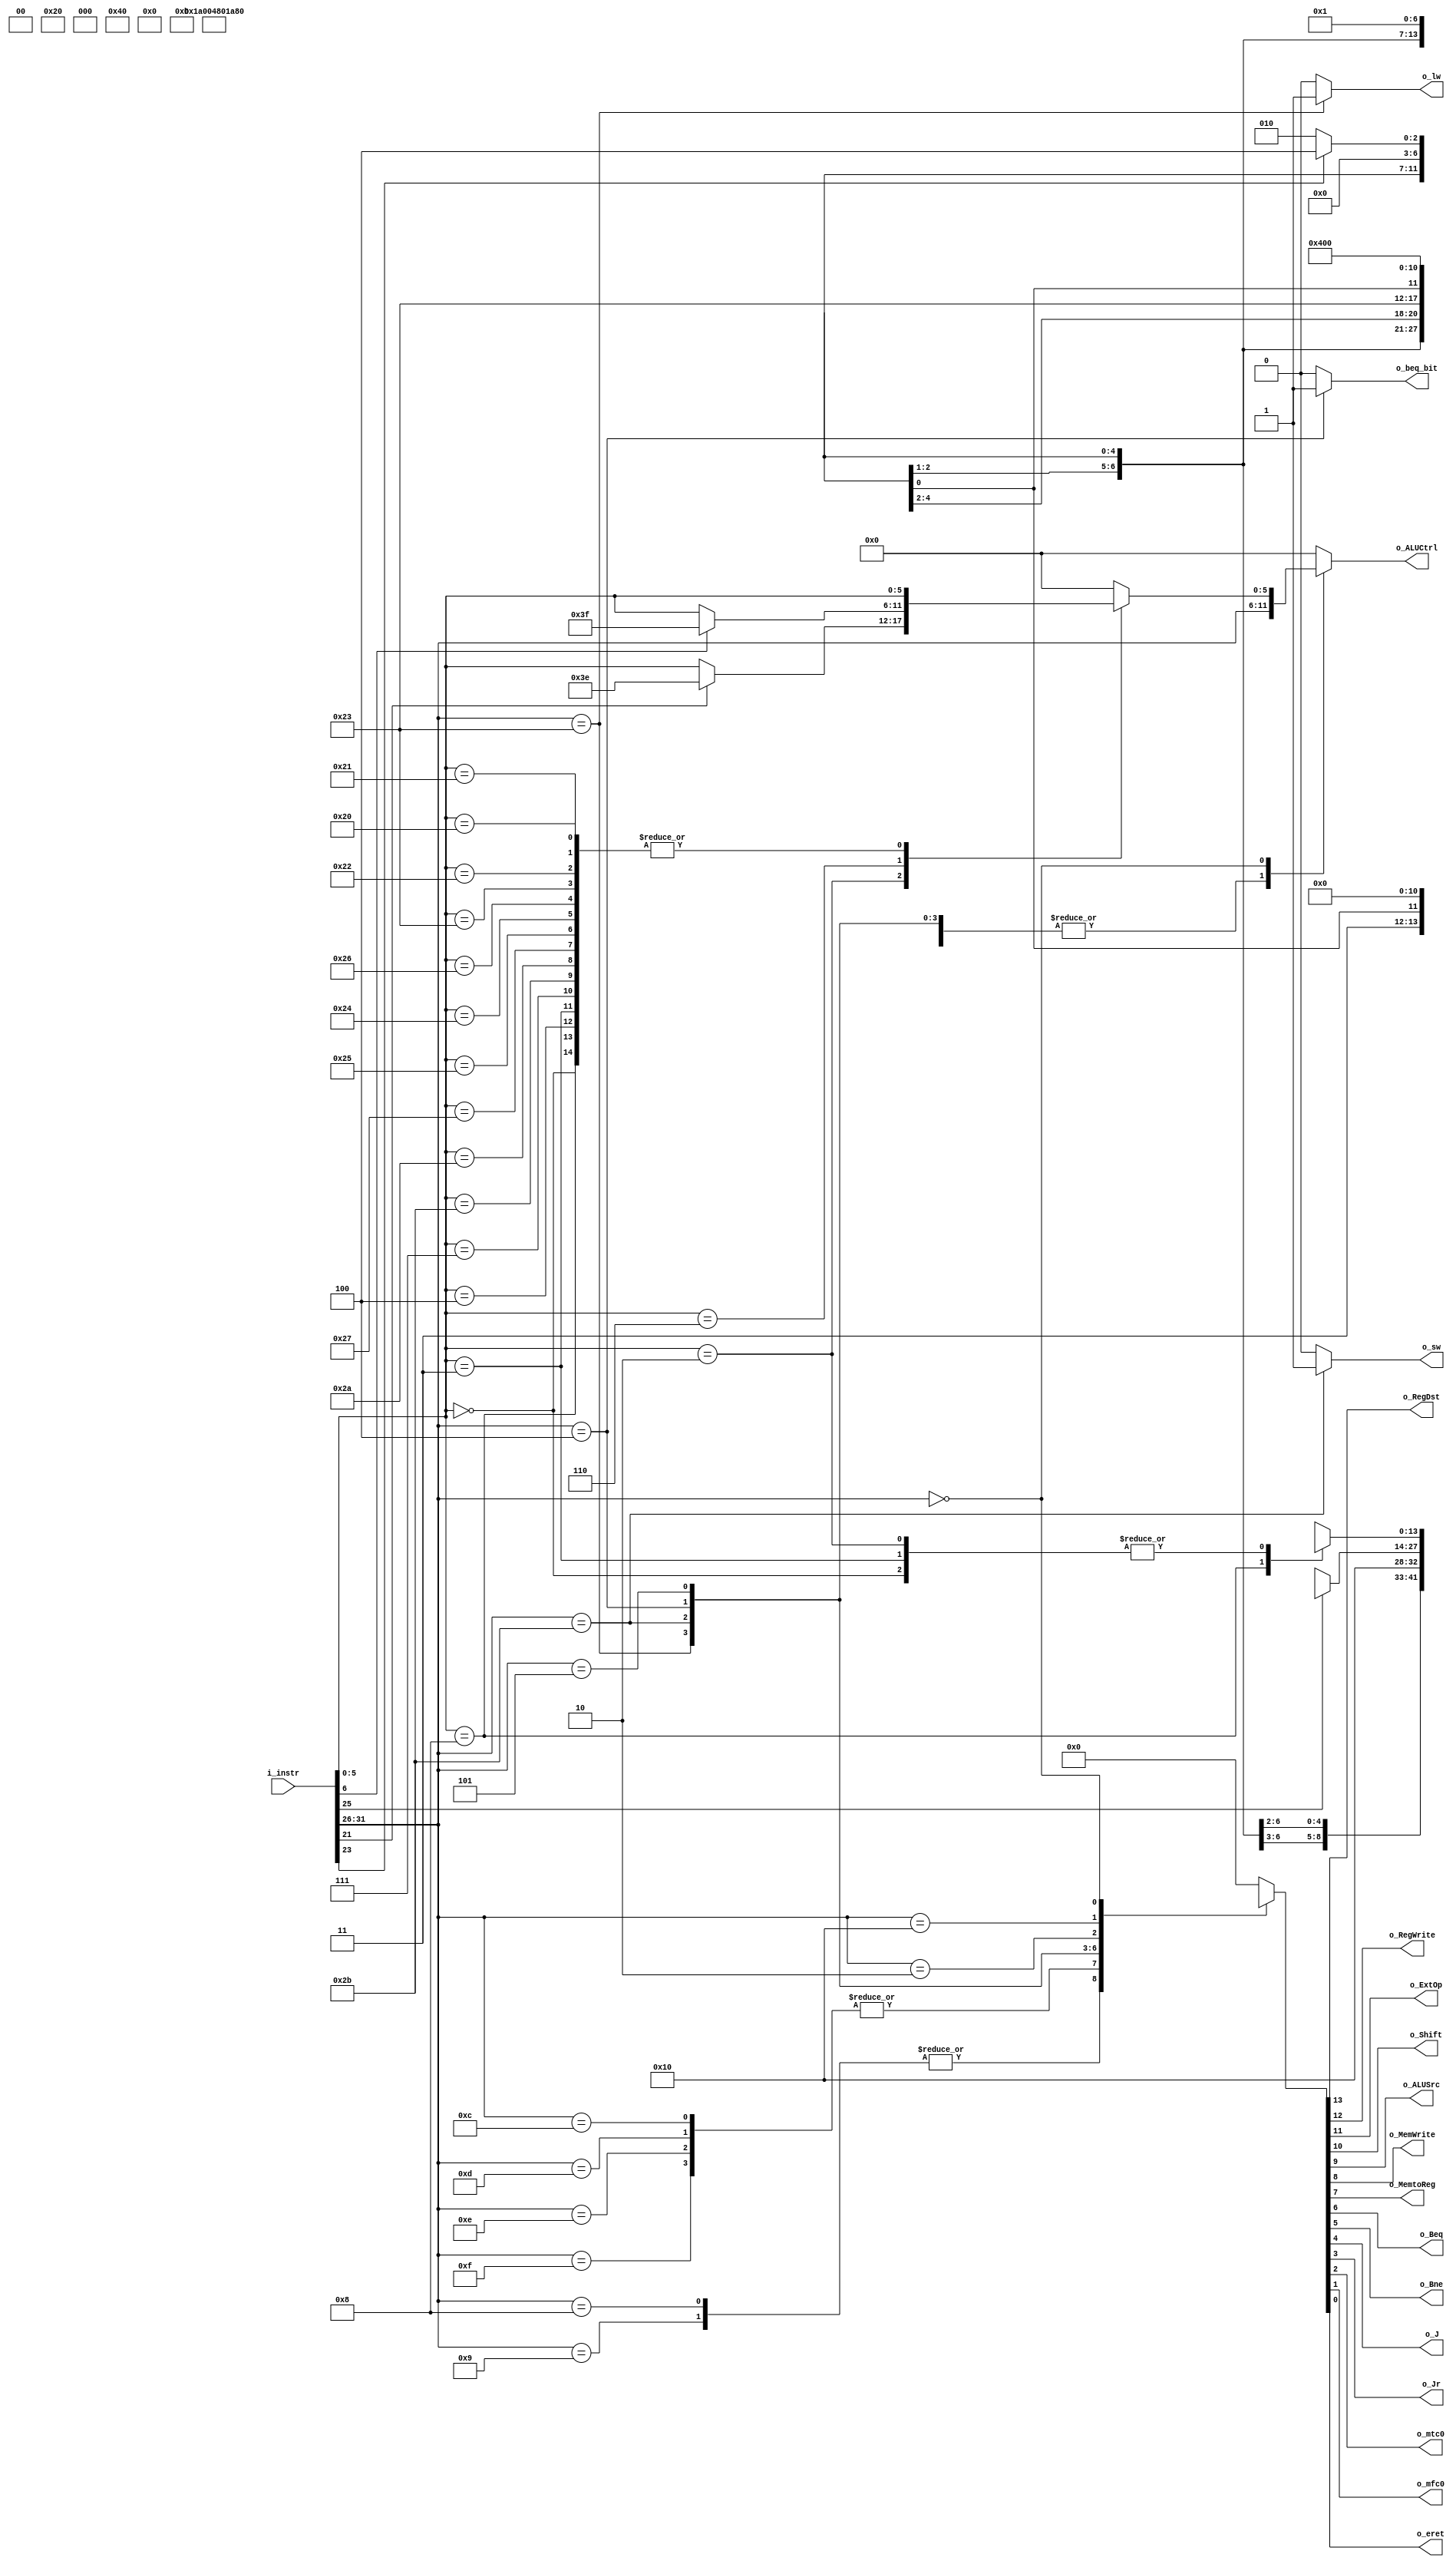
module Control(i_instr,
               o_RegDst,
               o_RegWrite,
               o_ExtOp,
               o_Shift,
               o_ALUSrc,
               o_MemWrite,
               o_MemtoReg,
               o_Beq,
               o_Bne,
               o_J,
               o_Jr,
               o_ALUCtrl,
               o_lw,
               o_sw,
               o_beq_bit,
               o_mtc0,
               o_mfc0,
               o_eret
               );

input   [31:0] i_instr;
output  o_RegDst, o_RegWrite, o_ExtOp, o_Shift,
        o_ALUSrc, o_MemWrite, o_MemtoReg,
        o_Beq, o_Bne, o_J, o_Jr, o_mtc0, o_mfc0, o_eret;
        
output reg  [5:0] o_ALUCtrl;
output reg  o_lw, o_sw, o_beq_bit;
/******************************************************************/
/********************Opcodes and Functions*************************/
//Functions
localparam AND  = 6'b100100,  OR    = 6'b100101, NOR  = 6'b100111,  XOR  = 6'b100110;
localparam ADD  = 6'b100000,  SUB   = 6'b100010, ADDU = 6'b100001,  SUBU = 6'b100011;  
localparam SLT  = 6'b101010,  SLTU  = 6'b101011;
localparam SLL  = 6'b000000,  SLLV  = 6'b000100, SRL  = 6'b000010,  SRLV = 6'b000110;
localparam SRA  = 6'b000011,  SRAV  = 6'b000111;   
localparam ROTR = 6'b111110,  ROTRV = 6'b111111;
localparam JR   = 6'b001000;
//OpCodes
localparam ADDI  = 6'b001000,  ADDIU = 6'b001001, LUI  = 6'b001111;
localparam ANDI  = 6'b001100,  ORI   = 6'b001101, XORI = 6'b001110;
localparam LW    = 6'b100011,  SW    = 6'b101011;
localparam BEQ   = 6'b000100,  BNE   = 6'b000101, J    = 6'b000010;
localparam Rtype = 6'b000000,  COP0  = 6'b010000;
/******************************************************************/
wire rotr_bit   = i_instr[21];
wire rotrv_bit  = i_instr[6];
wire mtc0_bit   = i_instr[23];
wire mfc0_bit   = ~ i_instr[23];
wire eret_bit   = i_instr[25];

 

wire [4:0] Rs, Sa;
wire [5:0] OpCode, Func;  

assign OpCode = i_instr[31:26];
assign Func   = i_instr[5:0];

reg  [13:0] MainCtrl;
assign {o_RegDst, o_RegWrite, o_ExtOp, o_Shift, o_ALUSrc, o_MemWrite, o_MemtoReg, o_Beq, o_Bne, o_J, o_Jr, o_mtc0, o_mfc0, o_eret} = MainCtrl;


always @* begin
  MainCtrl = 0;
  o_beq_bit = 1'b0;
  case(OpCode)
    ADDI,
    ADDIU : MainCtrl = 14'b0110_1000_0000_00;//addi
    LUI   : MainCtrl = 14'b0100_1000_0000_00;//lui 
    ANDI,   
    ORI,   
    XORI  : MainCtrl = 14'b0100_1000_0000_00;
    LW    : MainCtrl = 14'b0110_1010_0000_00;//lw
    SW    : MainCtrl = 14'bx010_11x0_0000_00;//sw
    BEQ   : begin
              o_beq_bit = 1'b1;
              MainCtrl = 14'bx0x0_00x1_0000_00;//beq
            end
    BNE   : MainCtrl = 14'bx0x0_00x0_1000_00;//bne
    J     : MainCtrl = 14'bx0xx_x0xx_x100_00;//j
    COP0  : begin
              if(eret_bit)
                MainCtrl = 14'bx0xx_x0x0_0000_01;//eret
              else if(mtc0_bit)
                MainCtrl = 14'b00xx_x0x0_0001_00;//mtc0
              else if(mfc0_bit)
                MainCtrl = 14'b00xx_x0x0_0000_10;//mfc0
            end
    6'b0  : case(Func)
              JR    : MainCtrl = 14'bx0xx_x0xx_xx10_00;//jr
              SLL,
              SRL,
              SRA   : MainCtrl = 14'b11x1_0000_0000_00;//logical shift instruction with using Shift Amount
              default : MainCtrl = 14'b11x0_0000_0000_00;//other R-type instructions
            endcase
  endcase
end//Main Control

always @* begin
  o_ALUCtrl = 0;
  o_lw = 1'b0;
  o_sw = 1'b0;
  case(OpCode)
    ADDI  : o_ALUCtrl = OpCode;
    LUI   : o_ALUCtrl = OpCode;
    ADDIU : o_ALUCtrl = OpCode;
    ANDI  : o_ALUCtrl = OpCode;
    ORI   : o_ALUCtrl = OpCode;
    XORI  : o_ALUCtrl = OpCode;
    LW    : begin
              o_ALUCtrl = OpCode;
              o_lw = 1'b1;
            end
    SW    : begin
              o_ALUCtrl = OpCode;
              o_sw = 1'b1;
            end
    BEQ   : o_ALUCtrl = OpCode;
    BNE   : o_ALUCtrl = OpCode;
    6'b0  : case(Func)
              JR    : o_ALUCtrl = Func;
              SLL   : o_ALUCtrl = Func;
              SRL   : begin
                        if(rotr_bit) o_ALUCtrl = ROTR;
                        else o_ALUCtrl = Func;   
                      end
              SLLV  : o_ALUCtrl = Func;
              SRLV  : begin
                        if(rotrv_bit) o_ALUCtrl = ROTRV;
                        else o_ALUCtrl = Func;   
                      end
              SRA   : o_ALUCtrl = Func;
              SRAV  : o_ALUCtrl = Func;
              ADD,
              ADDU,
              SUB,
              SUBU,
              XOR,
              AND,
              OR,
              NOR,
              SLT,
              SLTU  : o_ALUCtrl = Func;
              //default : ALUCtrl = 0;
            endcase
  endcase
end
  
  
endmodule